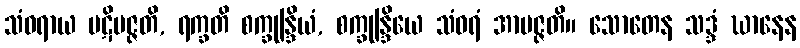
သံဝရာယ ပဋိပဇ္ဇတိ, ရက္ခတိ စက္ခုန္ဒြိယံ, စက္ခုန္ဒြိယေ သံဝရံ အာပဇ္ဇတိ။ သောတေန သဒ္ဒံ ဃာနေန